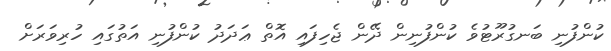
ކުންފުނި ބަނގުރޫޓުވެ ކުންފުނިން ދޭން ޖެހިފައި އޮތް ޢަދަދު ކުންފުނި އަތުގައި ހުރިވަރަށް